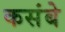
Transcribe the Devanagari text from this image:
कसंबे